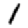
Digit: 1